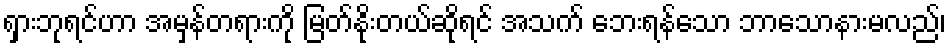
ရှားဘုရင်ဟာ အမှန်တရားကို မြတ်နိုးတယ်ဆိုရင် အသက် ဘေးရန်သော ဘာသောနားမလည်၊